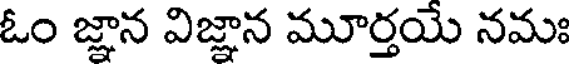
ఓం జ్ఞాన విజ్ఞాన మూర్తయే నమః